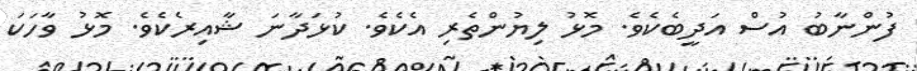
ފުންނާބު އުސް އަދީބެކެވެ. މޮޅު ލިޔުންތެރި އެކެވެ. ކުޅަދާނަ ޝާއިރެކެވެ. މޮޅު ވާހަކަ